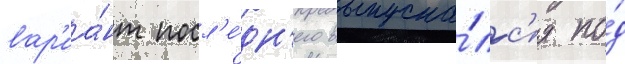
вар'иа́нт посл'е́дн'его выпуска́лс'я по́д